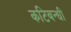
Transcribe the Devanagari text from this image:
कटिबन्धी